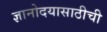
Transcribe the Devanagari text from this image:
ज्ञानोदयासाठीची